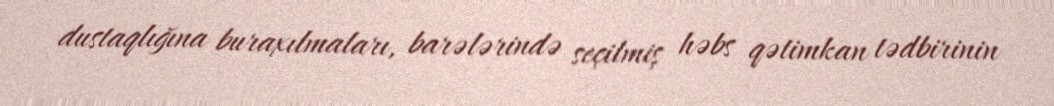
dustaqlığına buraxılmaları, barələrində seçilmiş həbs qətimkan tədbirinin